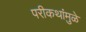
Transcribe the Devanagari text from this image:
परीकथांमुळे